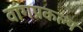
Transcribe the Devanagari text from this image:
वांगप्रकल्प